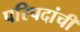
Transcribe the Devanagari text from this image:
परिषदांची